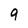
Character: 9